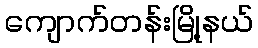
ကျောက်တန်းမြို့နယ်